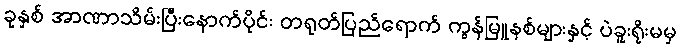
ခုနှစ် အာဏာသိမ်းပြီးနောက်ပိုင်း တရုတ်ပြည်ရောက် ကွန်မြူနစ်များနှင့် ပဲခူးရိုးမမှ